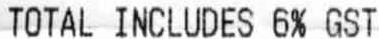
TOTAL INCLUDES 6% GST